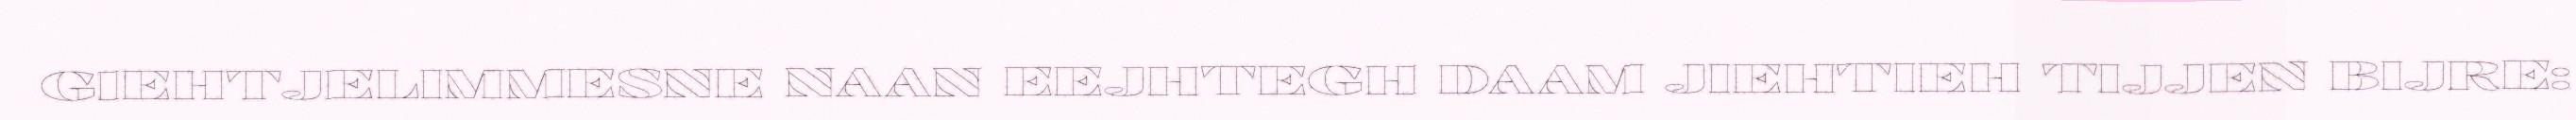
GIEHTJELIMMESNE NAAN EEJHTEGH DAAM JIEHTIEH TIJJEN BIJRE: